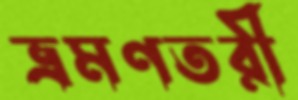
ভ্রমণতরী